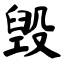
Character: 毁